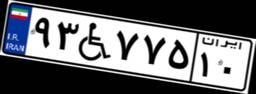
۹۳W۷۷۵۱۰